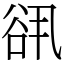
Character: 谻